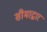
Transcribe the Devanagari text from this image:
सीमाद्वार